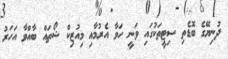
ދުނިޔޭގެ ބޮޑެތި ސިޓީތަކުގައި ވަނީ ހަވާ އެރުމާއި މިއުޒިކް ޝޯތައް ބާއްވާ އަހަރު